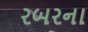
રબરના